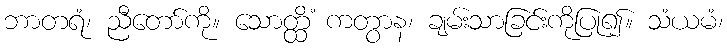
ဘာတရံ၊ ညီတော်ကို။ သောတ္ထိံ ကတွာန၊ ချမ်းသာခြင်းကိုပြု၍။ သံယမံ၊